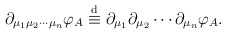
\begin{align*}\partial_{\mu_{1}\mu_{2}\cdots\mu_{n}}\varphi_{A}\stackrel{\rm d}{\equiv}\partial_{\mu_{1}}\partial_{\mu_{2}}\cdots\partial_{\mu_{n}}\varphi_{A} .\end{align*}